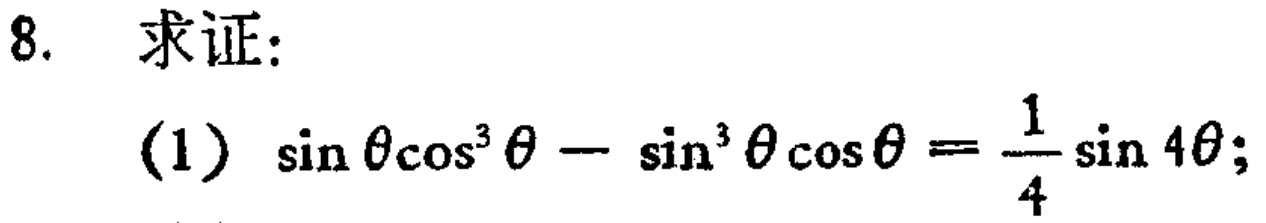
8. 求证：
(1) \(\sin\theta\cos^{3}\theta - \sin^{3}\theta\cos\theta=\frac{1}{4}\sin4\theta\);